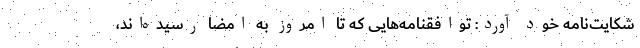
شکایت‌نامه خود آورد: توافقنامه‌هایی که تا امروز به امضا رسیده‌اند،